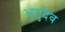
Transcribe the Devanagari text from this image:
भृगुदेव